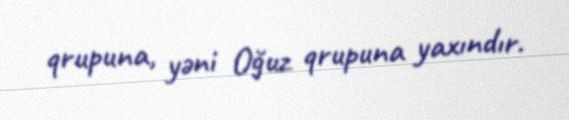
qrupuna, yəni Oğuz qrupuna yaxındır.